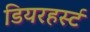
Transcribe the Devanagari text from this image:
डियरहर्स्ट